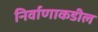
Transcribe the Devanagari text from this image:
निर्वाणाकडील